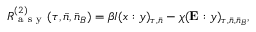
R _ { \mathrm { ~ a ~ s ~ y ~ } } ^ { ( 2 ) } ( \tau , \bar { n } , \bar { n } _ { B } ) = \beta I ( x : y ) _ { \tau , \bar { n } } - \chi ( \mathbf { E } : y ) _ { \tau , \bar { n } , \bar { n } _ { B } } ,